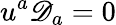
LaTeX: u^{a}\mathscr{D}_{a}=0